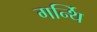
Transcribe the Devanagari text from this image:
गर्न्थि